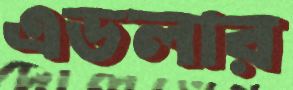
এডলার